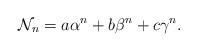
LaTeX: \begin{align*}\mathcal{N}_n=a\alpha^n+b\beta^n+c\gamma^n.\end{align*}